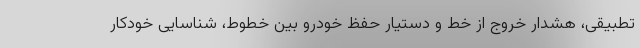
تطبیقی، هشدار خروج از خط و دستیار حفظ خودرو بین خطوط، شناسایی خودکار